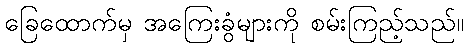
ခြေထောက်မှ အကြေးခွံများကို စမ်းကြည့်သည်။